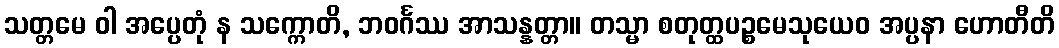
သတ္တမေ ဝါ အပ္ပေတုံ န သက္ကောတိ, ဘဝင်္ဂဿ အာသန္နတ္တာ။ တသ္မာ စတုတ္ထပဉ္စမေသုယေဝ အပ္ပနာ ဟောတီတိ